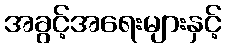
အခွင့်အရေးများနှင့်